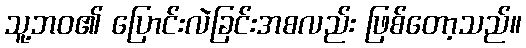
သူ့ဘဝ၏ ပြောင်းလဲခြင်းအစလည်း ဖြစ်တော့သည်။